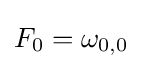
F_{0}=\omega _{0,0}